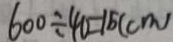
6 0 0 \div 4 0 = 1 5 ( c m )